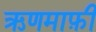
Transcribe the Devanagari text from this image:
ऋणमाफ़ी